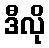
ဒီလို